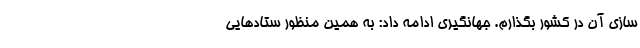
سازی آن در کشور بگذارم. جهانگیری ادامه داد: به همین منظور ستادهایی